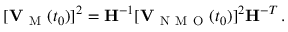
[ { \bf V } _ { \mathrm { ~ M ~ } } ( t _ { 0 } ) ] ^ { 2 } = { \bf H } ^ { - 1 } [ { \bf V } _ { \mathrm { ~ N ~ M ~ O ~ } } ( t _ { 0 } ) ] ^ { 2 } { \bf H } ^ { - T } \, .